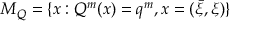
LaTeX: { \cal M } _ { Q } = \{ x : Q ^ { m } ( x ) = q ^ { m } , x = ( \bar { \xi } , \xi ) \}